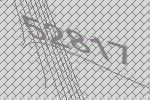
52817